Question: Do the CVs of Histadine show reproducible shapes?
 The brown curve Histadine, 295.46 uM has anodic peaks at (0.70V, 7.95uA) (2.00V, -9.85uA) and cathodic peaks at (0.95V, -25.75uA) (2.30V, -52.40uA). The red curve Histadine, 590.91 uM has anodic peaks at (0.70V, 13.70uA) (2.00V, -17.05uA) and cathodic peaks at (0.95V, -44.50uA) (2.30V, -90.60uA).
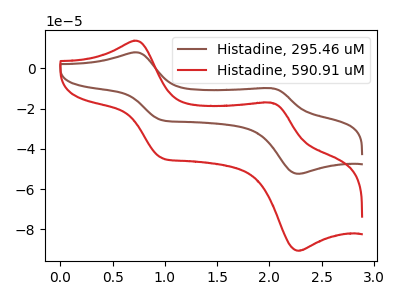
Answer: <think>All the peaks in "Histadine, 295.46 uM" have a peak in "Histadine, 590.91 uM" at the same potential.
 </think>
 <answer>All the CV's of "Histadine" have similar shape.</answer>
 <eval>follow_rule</eval>